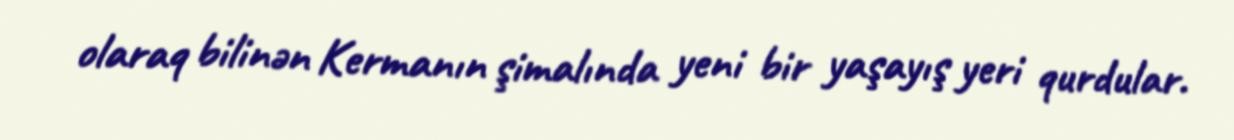
olaraq bilinən Kermanın şimalında yeni bir yaşayış yeri qurdular.